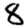
Digit: 8